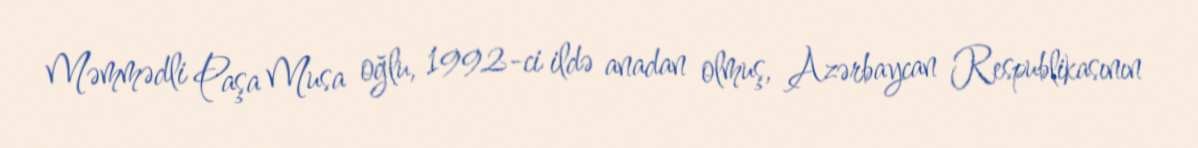
Məmmədli Paşa Musa oğlu, 1992-ci ildə anadan olmuş, Azərbaycan Respublikasının